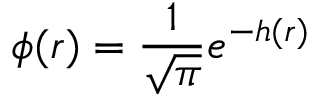
\phi ( r ) = \frac { 1 } { \sqrt { \pi } } e ^ { - h ( r ) }